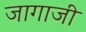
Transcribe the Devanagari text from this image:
जागाजी